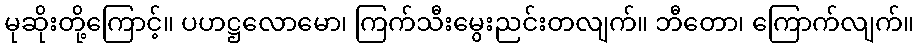
မုဆိုးတို့ကြောင့်။ ပဟဋ္ဌလောမော၊ ကြက်သီးမွေးညင်းတလျက်။ ဘီတော၊ ကြောက်လျက်။